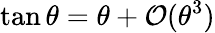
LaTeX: \tan\theta=\theta+\mathcal{O}(\theta^{3})